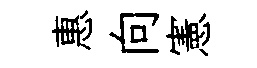
惠向憲